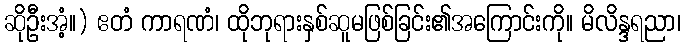
ဆိုဦးအံ့။) ဧတံ ကာရဏံ၊ ထိုဘုရားနှစ်ဆူမဖြစ်ခြင်း၏အကြောင်းကို။ မိလိန္ဒရညာ၊